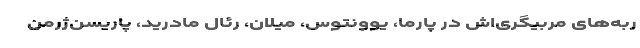
ربه‌های مربیگری‌اش در پارما، یوونتوس، میلان، رئال مادرید، پاریسن‌ژرمن